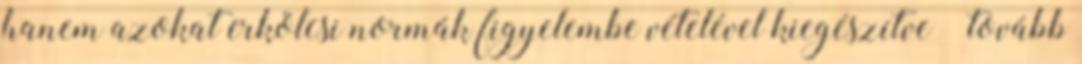
hanem azokat erkölcsi normák figyelembe vételével kiegészítve – tovább